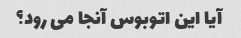
آیا این اتوبوس آنجا می رود؟